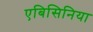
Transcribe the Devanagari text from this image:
एबिसिनिया